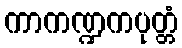
ကာကဏ္ဍကပုတ္တံ